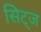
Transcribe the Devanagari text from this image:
सिट्ज